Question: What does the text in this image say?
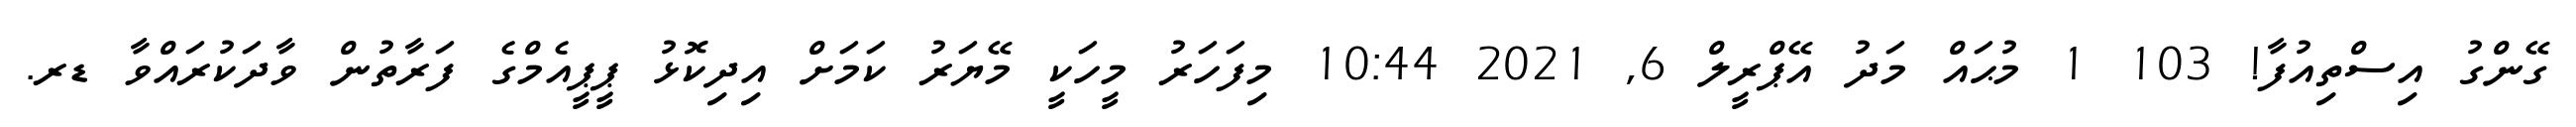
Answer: ގޭންގު އިސްތިއުފާ! 103 1 މުޙައް މަދު އޭޕްރީލް 6, 2021 10:44 މިފަހަރު މީހަކީ މޭޔަރު ކަމަށް އިދިކޮޅު ޕީޕީއެމްގެ ފަރާތުން ވާދަކުރައްވާ ޑރ.